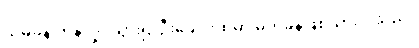
သိမ့်ခနဲ တုန်လှုပ်သွား၍ ဦးခေါင်းထဲမှာ မိုက်ခနဲဖြစ်သွားပါသည်။